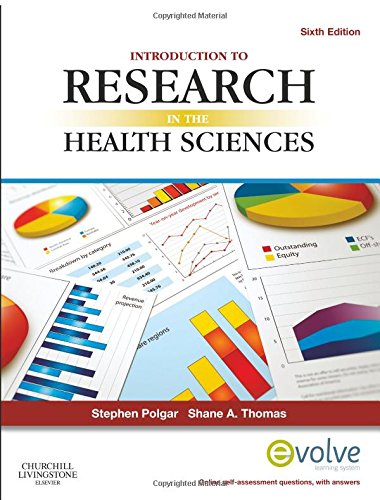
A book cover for Introduction to Research in the Health Sciences, 6e; Stephen Polgar BSc(Hons)  MSc; Medical Books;